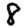
Digit: 8